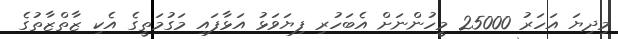
މިދިޔަ އަހަރު 25000 މީހުންނަށް އެބަހުރި ފިޔަވަޅު އަޅާފައި މަގުމަތީގެ އެކި ޒާތްޒާތުގެ